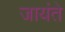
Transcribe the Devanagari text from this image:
जायंते